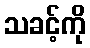
သခင့်ကို